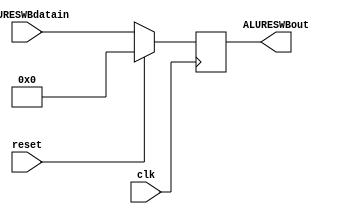
module aluResWB (
    input wire clk,           // Seal de reloj
    input wire reset,         // Seal de reinicio
    input wire [31:0] ALURESWBdatain, // Entrada de datos
    output reg [31:0] ALURESWBout
);

always @(negedge clk) begin
    if (reset == 1) begin
        ALURESWBout <= 32'b00000000000000000000000000000000;
    end
    else begin
        ALURESWBout <= ALURESWBdatain;
    end
end

endmodule